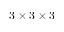
3 \times 3 \times 3